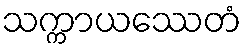
သက္ကာယဿေတံ